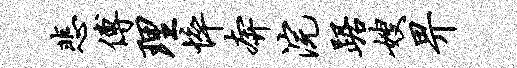
悲傅理悴奔浣踞嫂畀